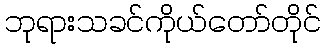
ဘုရားသခင်ကိုယ်တော်တိုင်